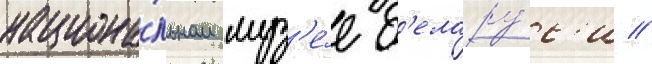
национа́льном муз'е́е б'елару́с'и //